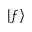
\left| f \right>